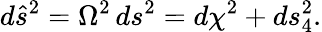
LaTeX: d{\hat{s}}^{2}=\Omega^{2}\, ds^{2}=d\chi^{2}+ds_{4}^{2}.